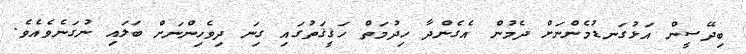
ބިދޭސީން އަޅުގަނޑުމެންނަށް ދެމުން އެގެންދާ ހިދުމަތް ހަޤީޤަތުގައި ގިނަ ދިވެހިންނަށް ބަލައި ނުގަނެވެއެވެ.